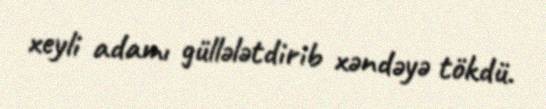
xeyli adamı güllələtdirib xəndəyə tökdü.